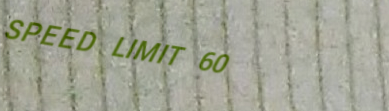
SPEED LIMIT 60